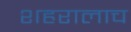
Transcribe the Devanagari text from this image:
शहरालाच